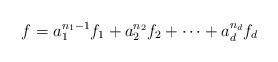
LaTeX: \begin{align*}f=a_1^{n_1-1}f_1+a_2^{n_2}f_2+\cdots+a_d^{n_d}f_d \end{align*}